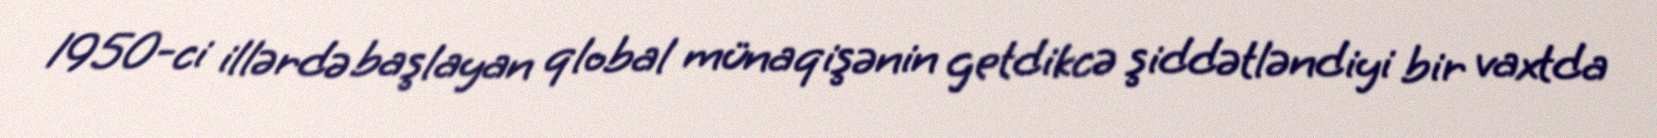
1950-ci illərdə başlayan qlobal münaqişənin getdikcə şiddətləndiyi bir vaxtda